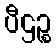
ပီဌဉ္စ